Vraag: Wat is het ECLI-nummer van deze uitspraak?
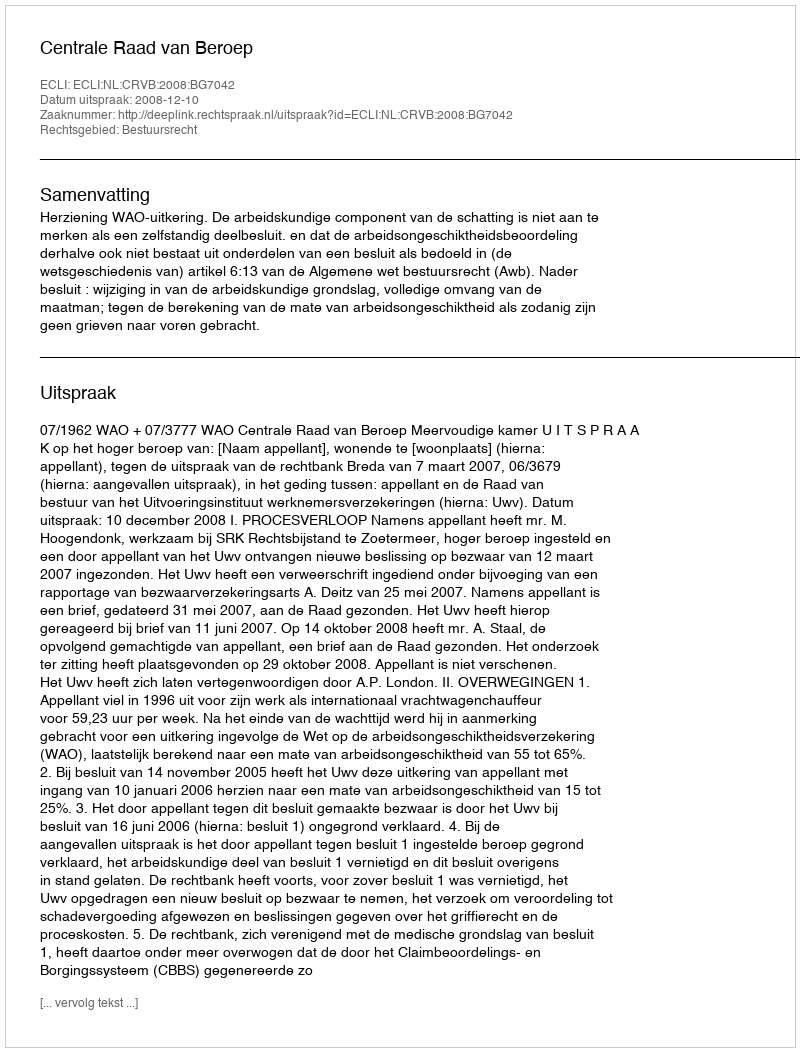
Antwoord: ECLI:NL:CRVB:2008:BG7042